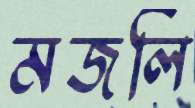
মজলি